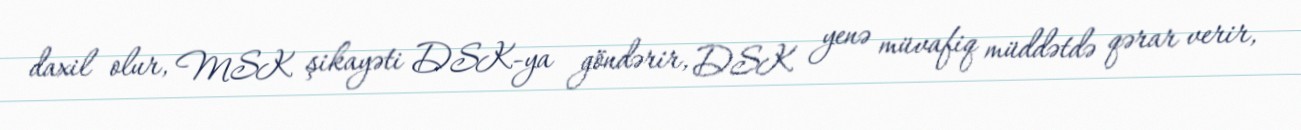
daxil olur, MSK şikayəti DSK-ya göndərir, DSK yenə müvafiq müddətdə qərar verir,